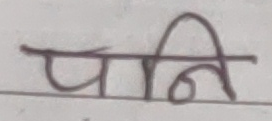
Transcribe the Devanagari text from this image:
पनि